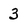
Character: 3